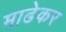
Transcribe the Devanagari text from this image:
माढेकर